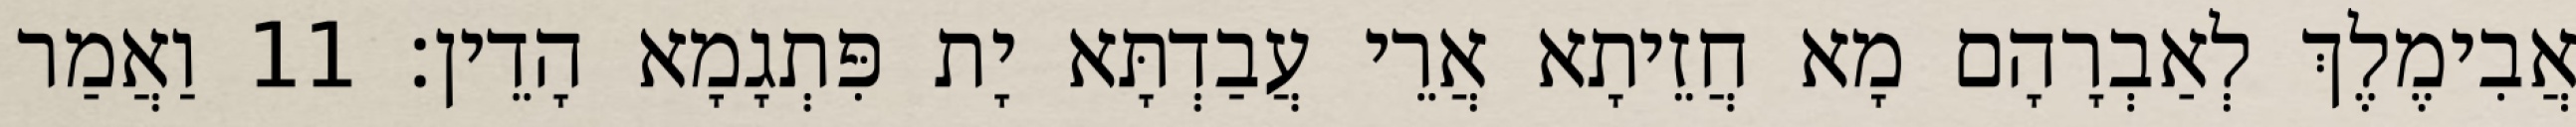
אֲבִימֶלֶךְ לְאַבְרָהָם מָא חֲזֵיתָא אֲרֵי עֲבַדְתָּא יָת פִּתְגָמָא הָדֵין׃ 11 וַאֲמַר